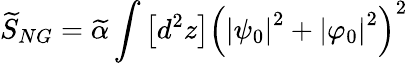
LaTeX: \widetilde{S}_{NG}=\widetilde{\alpha}\int\left[d^{2}z\right]\left(\left|\psi_{0}\right|^{2}+\left|\varphi_{0}\right|^{2}\right)^{2}